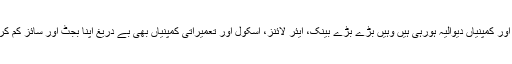
جہاں چھوٹے ادارے اور کمپنیاں دیوالیہ ہورہی ہیں وہیں بڑے بڑے بینک، ایئر لائنز، اسکول اور تعمیراتی کمپنیاں بھی بے دریغ اپنا بجٹ اور سائز کم کرنے پر تُلی ہوئی ہیں۔